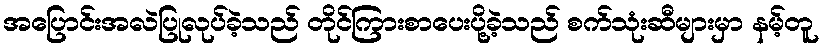
အပြောင်းအလဲပြုလုပ်ခဲ့သည် တိုင်ကြားစာပေးပို့ခဲ့သည် စက်သုံးဆီများမှာ နမ့်တူ